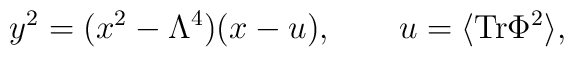
y^2 =   (x^2 - \Lambda^4) (x-u), \qquad  u= \langle   \hbox{\rm Tr}   \Phi^2  \rangle ,